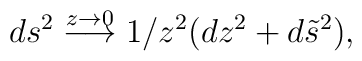
ds^2 \stackrel{z \rightarrow 0}{\longrightarrow}1/z^2 (dz^2 +d\tilde{s} ^2),